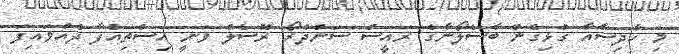
މި ހާދިސާއާ ގުޅިގެން ބާސެލޯނާގެ ރައީސް ސަންދުރޯ ރޮސެލް ވަނީ އިސްތިއުފާ ދެއްވައިފަ